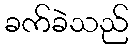
ခက်ခဲသည်